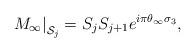
LaTeX: \begin{align*}\left. M_\infty\right|_{{\cal S}_j}=S_jS_{j+1}e^{i\pi\theta_\infty\sigma_3},\end{align*}